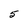
Character: 5